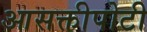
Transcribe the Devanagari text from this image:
आसक्तीपोटी